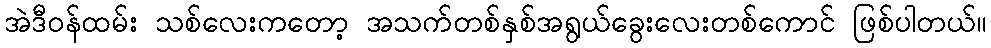
အဲဒီဝန်ထမ်း သစ်လေးကတော့ အသက်တစ်နှစ်အရွယ်ခွေးလေးတစ်ကောင် ဖြစ်ပါတယ်။